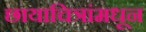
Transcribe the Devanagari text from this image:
छायाचित्रांमधून